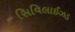
સિવિલાઈઝડ